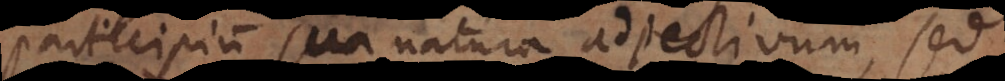
participium sua natura adjectivum, sed